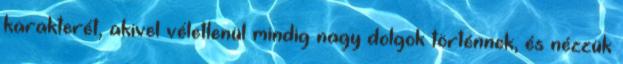
karakterét, akivel véletlenül mindig nagy dolgok történnek, és nézzük